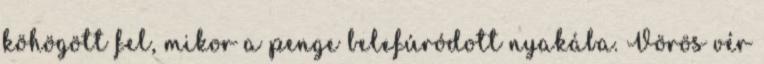
köhögött fel, mikor a penge belefúródott nyakába. Vörös vér